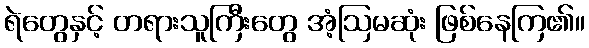
ရဲတွေနှင့် တရားသူကြီးတွေ အံ့ဩမဆုံး ဖြစ်နေကြ၏။